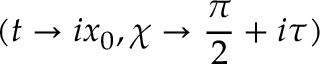
( t \rightarrow i x _ { 0 } , \chi \rightarrow \frac { \pi } { 2 } + i \tau )